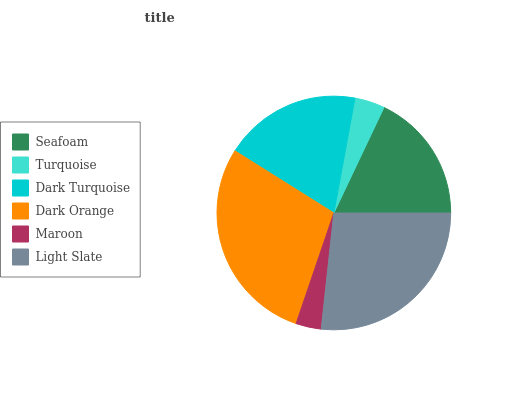
| Seafoam | Turquoise | Dark Turquoise | Dark Orange | Maroon | Light Slate |
 | --- | --- | --- | --- | --- | --- |
 | 18% | 4.15% | 18.9% | 28.7% | 3.52% | 26.7% |